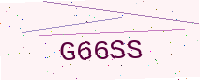
Text: G66SS